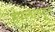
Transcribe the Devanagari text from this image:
हेपन्नासहून